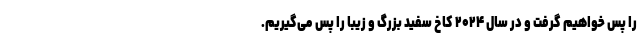
را پس خواهیم گرفت و در سال ۲۰۲۴ کاخ سفید بزرگ و زیبا را پس می‌گیریم.